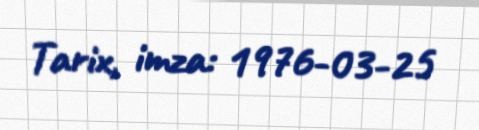
Tarix, imza: 1976-03-25